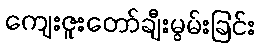
ကျေးဇူးတော်ချီးမွမ်းခြင်း